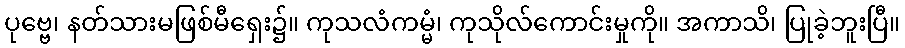
ပုဗ္ဗေ၊ နတ်သားမဖြစ်မီရှေး၌။ ကုသလံကမ္မံ၊ ကုသိုလ်ကောင်းမှုကို။ အကာသိ၊ ပြုခဲ့ဘူးပြီ။